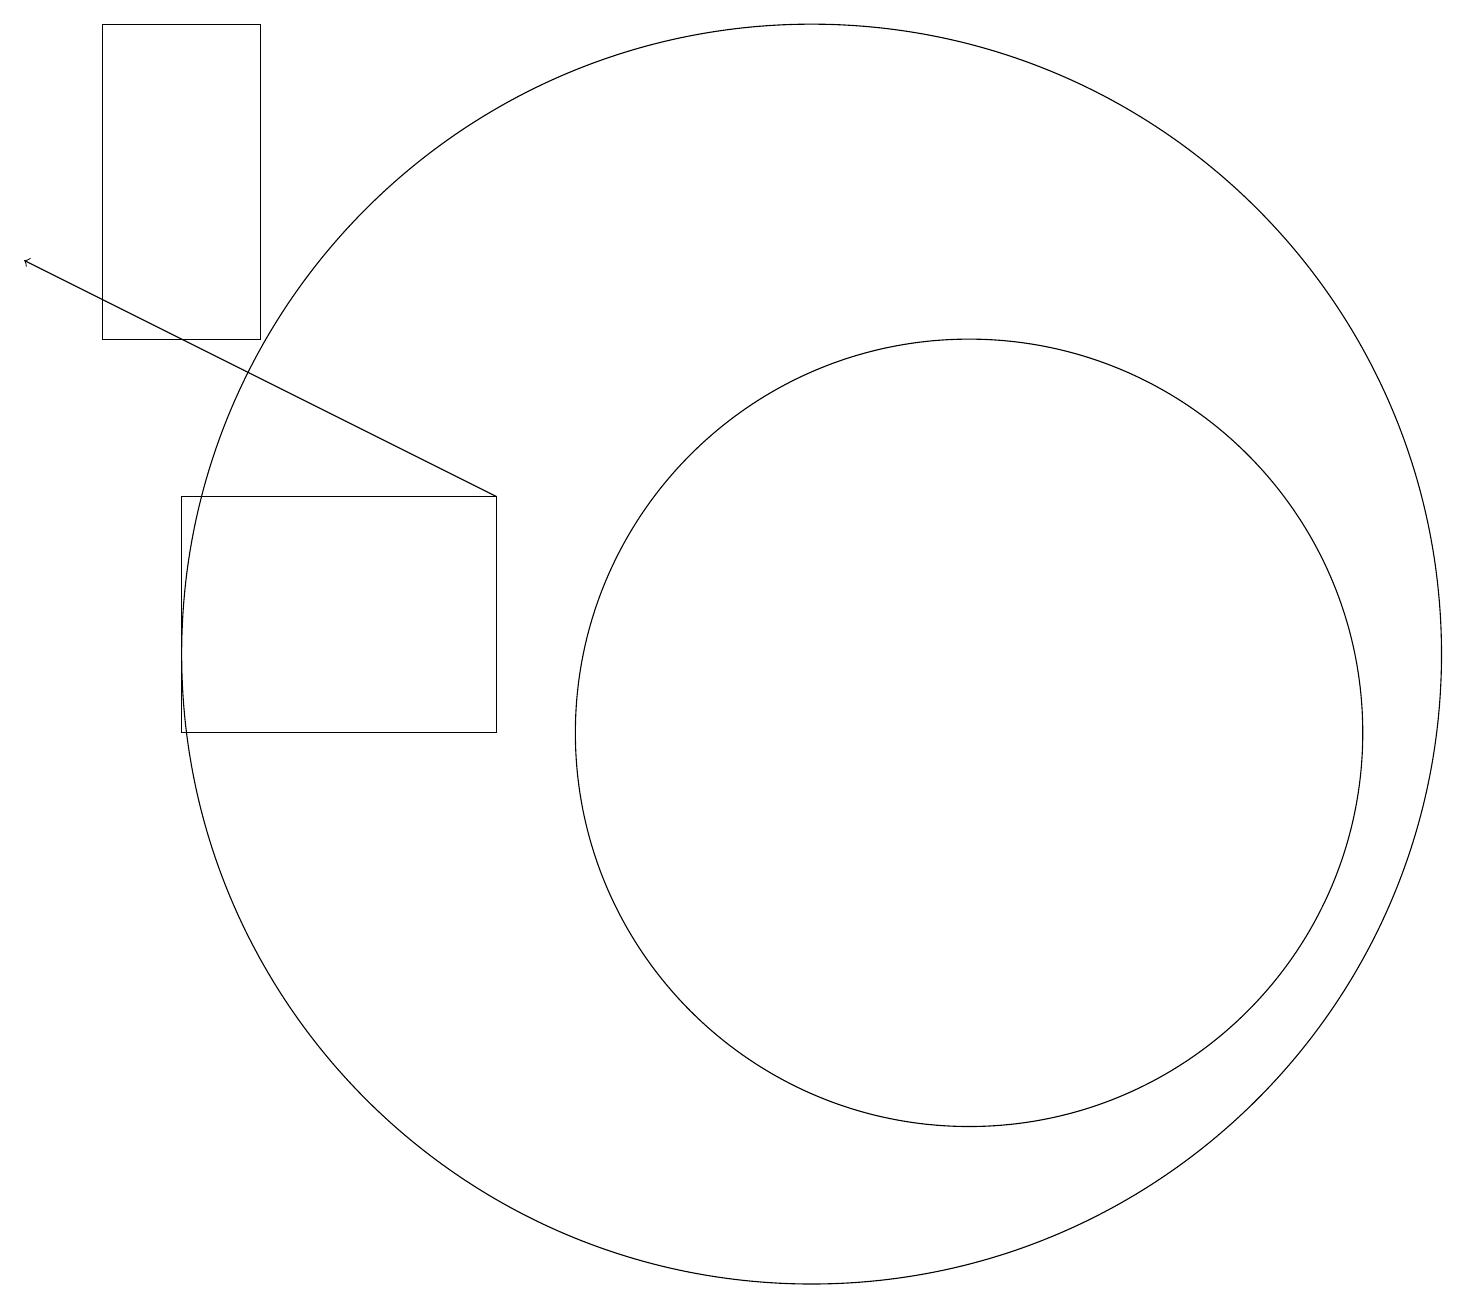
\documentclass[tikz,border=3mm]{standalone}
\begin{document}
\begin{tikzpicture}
\draw (6,13) rectangle (2,10);
\draw (12,10) circle (5);
\draw (1,19) rectangle (3,15);
\draw[->] (6,13) -- (0,16);
\draw (10,11) circle (8);
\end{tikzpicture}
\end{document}